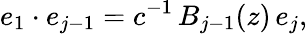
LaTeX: e_{1}\cdot e_{j-1}=c^{-1}\, B_{j-1}(z)\, e_{j},